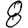
Digit: 8